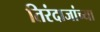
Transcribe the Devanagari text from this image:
तिरंदाजांच्या